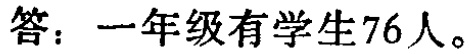
答：一年级有学生76人。